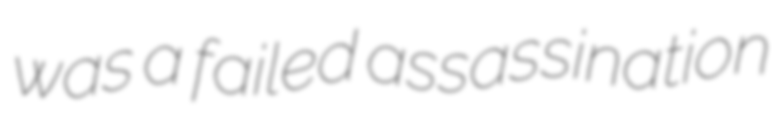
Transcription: was a failed assassination